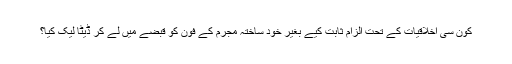
کون سی اخلاقیات کے تحت الزام ثابت کیے بغیر خود ساختہ مجرم کے فون کو قبضے میں لے کر ڈیٹا لیک کیا؟